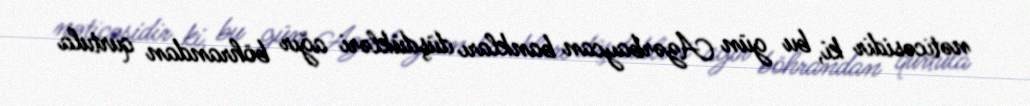
nəticəsidir ki, bu gün Azərbaycan bankları düşdükləri ağır böhrandan qurtula